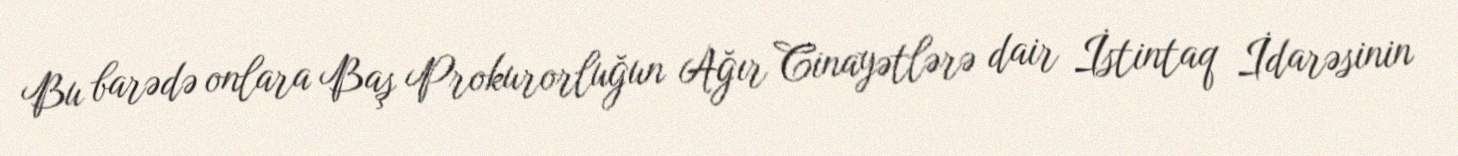
Bu barədə onlara Baş Prokurorluğun Ağır Cinayətlərə dair İstintaq İdarəsinin